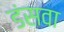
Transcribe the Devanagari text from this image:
डंसवा